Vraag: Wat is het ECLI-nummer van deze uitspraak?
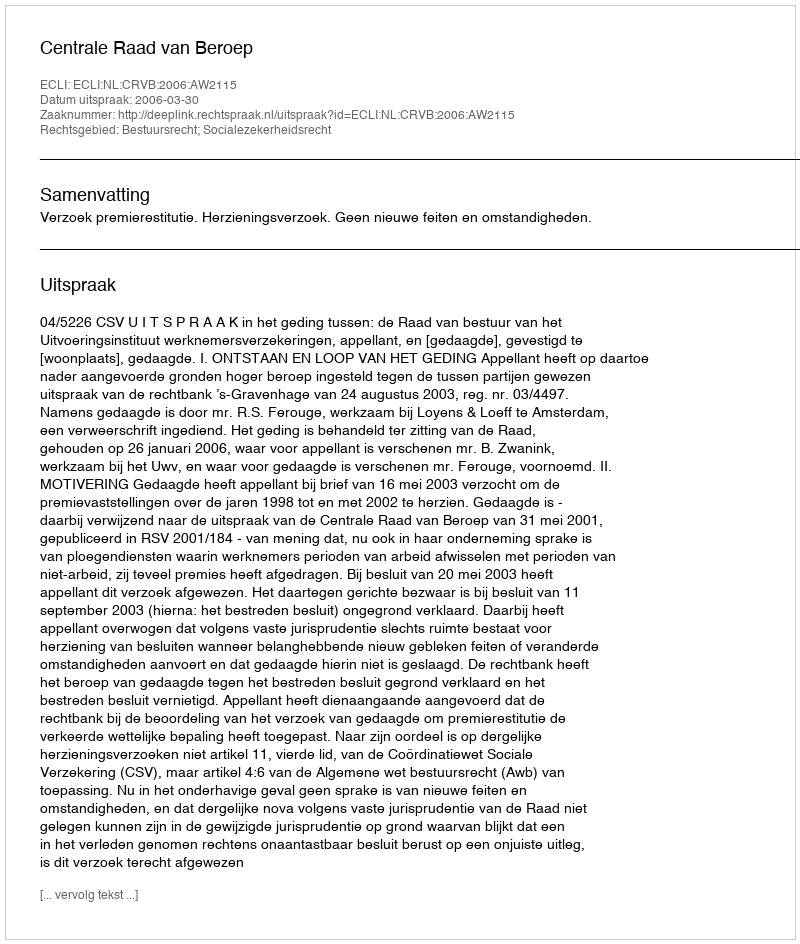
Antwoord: ECLI:NL:CRVB:2006:AW2115